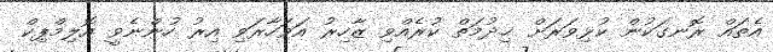
އެތައް ރޮނގަކުން ކުޅިވަރަށް ޚިދުމަތް ކުރެއްވި ޒާހިރު އަވަހާރަވި އިރު ހުންނެވީ އޮލިމްޕިކް